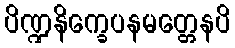
ပိဏ္ဍနိက္ခေပနမတ္တေနပိ